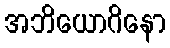
အဘိယောဂိနော